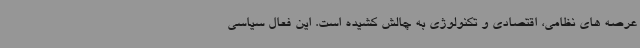
عرصه های نظامی، اقتصادی و تکنولوژی به چالش کشیده است. این فعال سیاسی